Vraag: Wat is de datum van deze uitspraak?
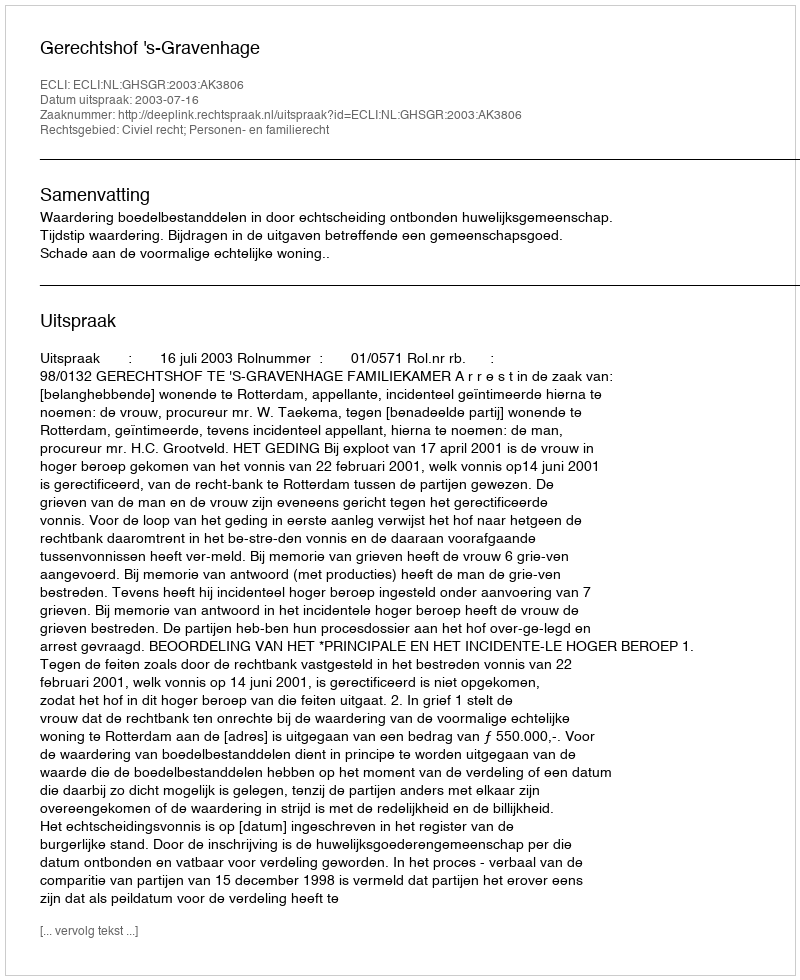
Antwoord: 2003-07-16